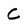
Character: C